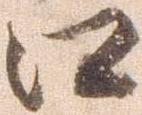
江